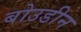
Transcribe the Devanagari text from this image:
बोउडीन